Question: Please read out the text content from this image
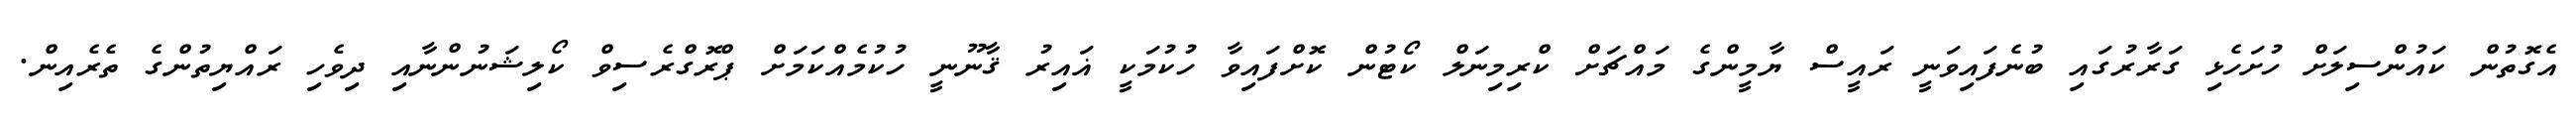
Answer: އެގޮތުން ކައުންސިލަށް ހުށަހެޅި ގަރާރުގައި ބުނެފައިވަނީ ރައީސް ޔާމީންގެ މައްޗަށް ކްރިމިނަލް ކޯޓުން ކޮށްފައިވާ ހުކުމަކީ ޣައިރު ޤާނޫނީ ހުކުމެއްކަމަށް ޕްރޮގްރެސިވް ކޯލިޝަނުންނާއި ދިވެހި ރައްޔިތުންގެ ތެރެއިން.